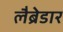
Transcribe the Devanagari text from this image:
लैब्रेडार